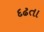
દઢતા